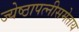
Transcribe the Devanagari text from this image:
ज्येष्ठापत्नीसमेताय